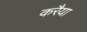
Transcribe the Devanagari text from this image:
करैया